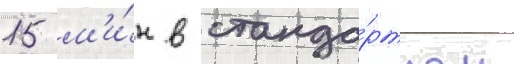
15 м'и́н в станда́ртном